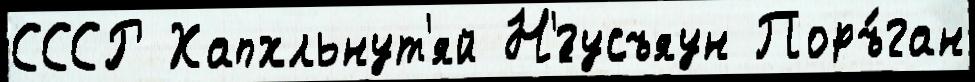
СССР Хапхльнут'яй Н'́гусъяун Поръ́ган